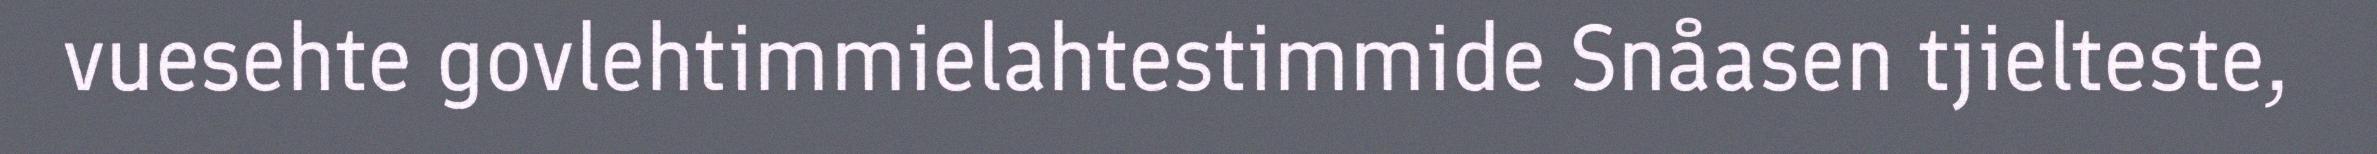
vuesehte govlehtimmielahtestimmide Snåasen tjielteste,